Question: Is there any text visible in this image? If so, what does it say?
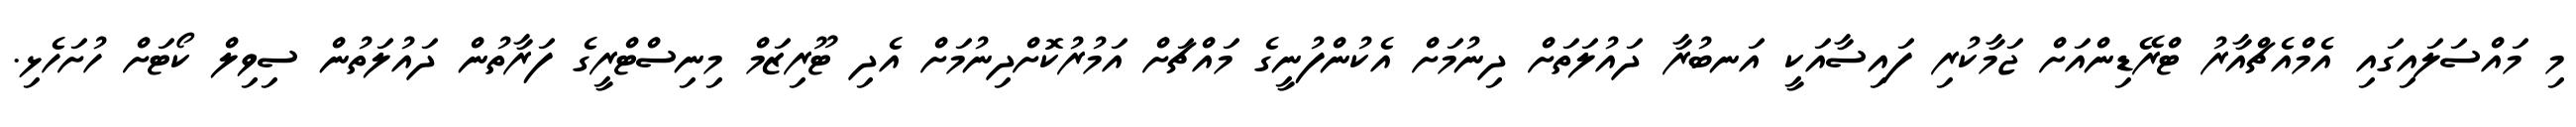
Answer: މި މައްސަލައިގައި އެމްއެޗްއާރު ޓްރޭޑިންއަށް ޖަމާކުރި ފައިސާއަކީ އަނބުރާ ދައުލަތަށް ދިނުމަށް އެކުންފުނީގެ މައްޗަށް އަމުރުކޮށްދިނުމަށް އެދި ޓޫރިޒަމް މިނިސްޓްރީގެ ފަރާތުން ދައުލަތުން ސިވިލް ކޯޓަށް ހުށަހެޅި.